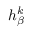
h _ { \beta } ^ { k }